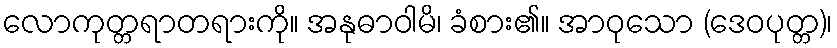
လောကုတ္တရာတရားကို။ အနုဓာဝါမိ၊ ခံစား၏။ အာဝုသော (ဒေဝပုတ္တ)၊